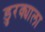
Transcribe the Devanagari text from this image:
डुरक्याला